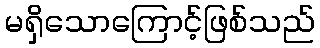
မရှိသောကြောင့်ဖြစ်သည်